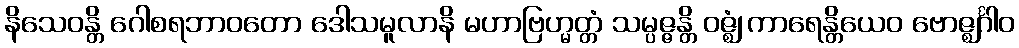
နိသေဝန္တိ ဂေါစရဘာဝတော ဒေါသမူလာနိ မဟာဗြဟ္မတ္တံ သမ္ပဇ္ဇန္တိ ဝဇ္ဈံ ကာရေန္တိယေဝ ဗောဇ္ဈင်္ဂါဝ